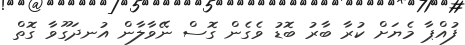
ފުއްޕާ މެޔަށް ކުރާ ބާރު ބޮޑު ވެގެން ގޮސް ނޭވާލާން އުނދަގޫވާ ގޮތް